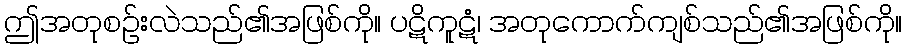
ဤအတုစဉ်းလဲသည်၏အဖြစ်ကို။ ပဋိကူဋံ၊ အတုကောက်ကျစ်သည်၏အဖြစ်ကို။